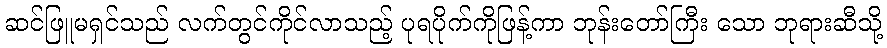
ဆင်ဖြူမရှင်သည် လက်တွင်ကိုင်လာသည့် ပုရပိုက်ကိုဖြန့်ကာ ဘုန်းတော်ကြီး သော ဘုရားဆီသို့